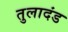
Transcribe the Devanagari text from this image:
तुलादंड